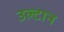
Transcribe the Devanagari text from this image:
उल्टान